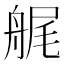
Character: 艉